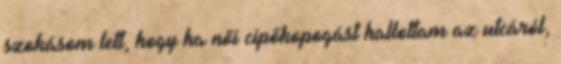
szokásom lett, hogy ha női cipőkopogást hallottam az utcáról,